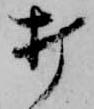
打